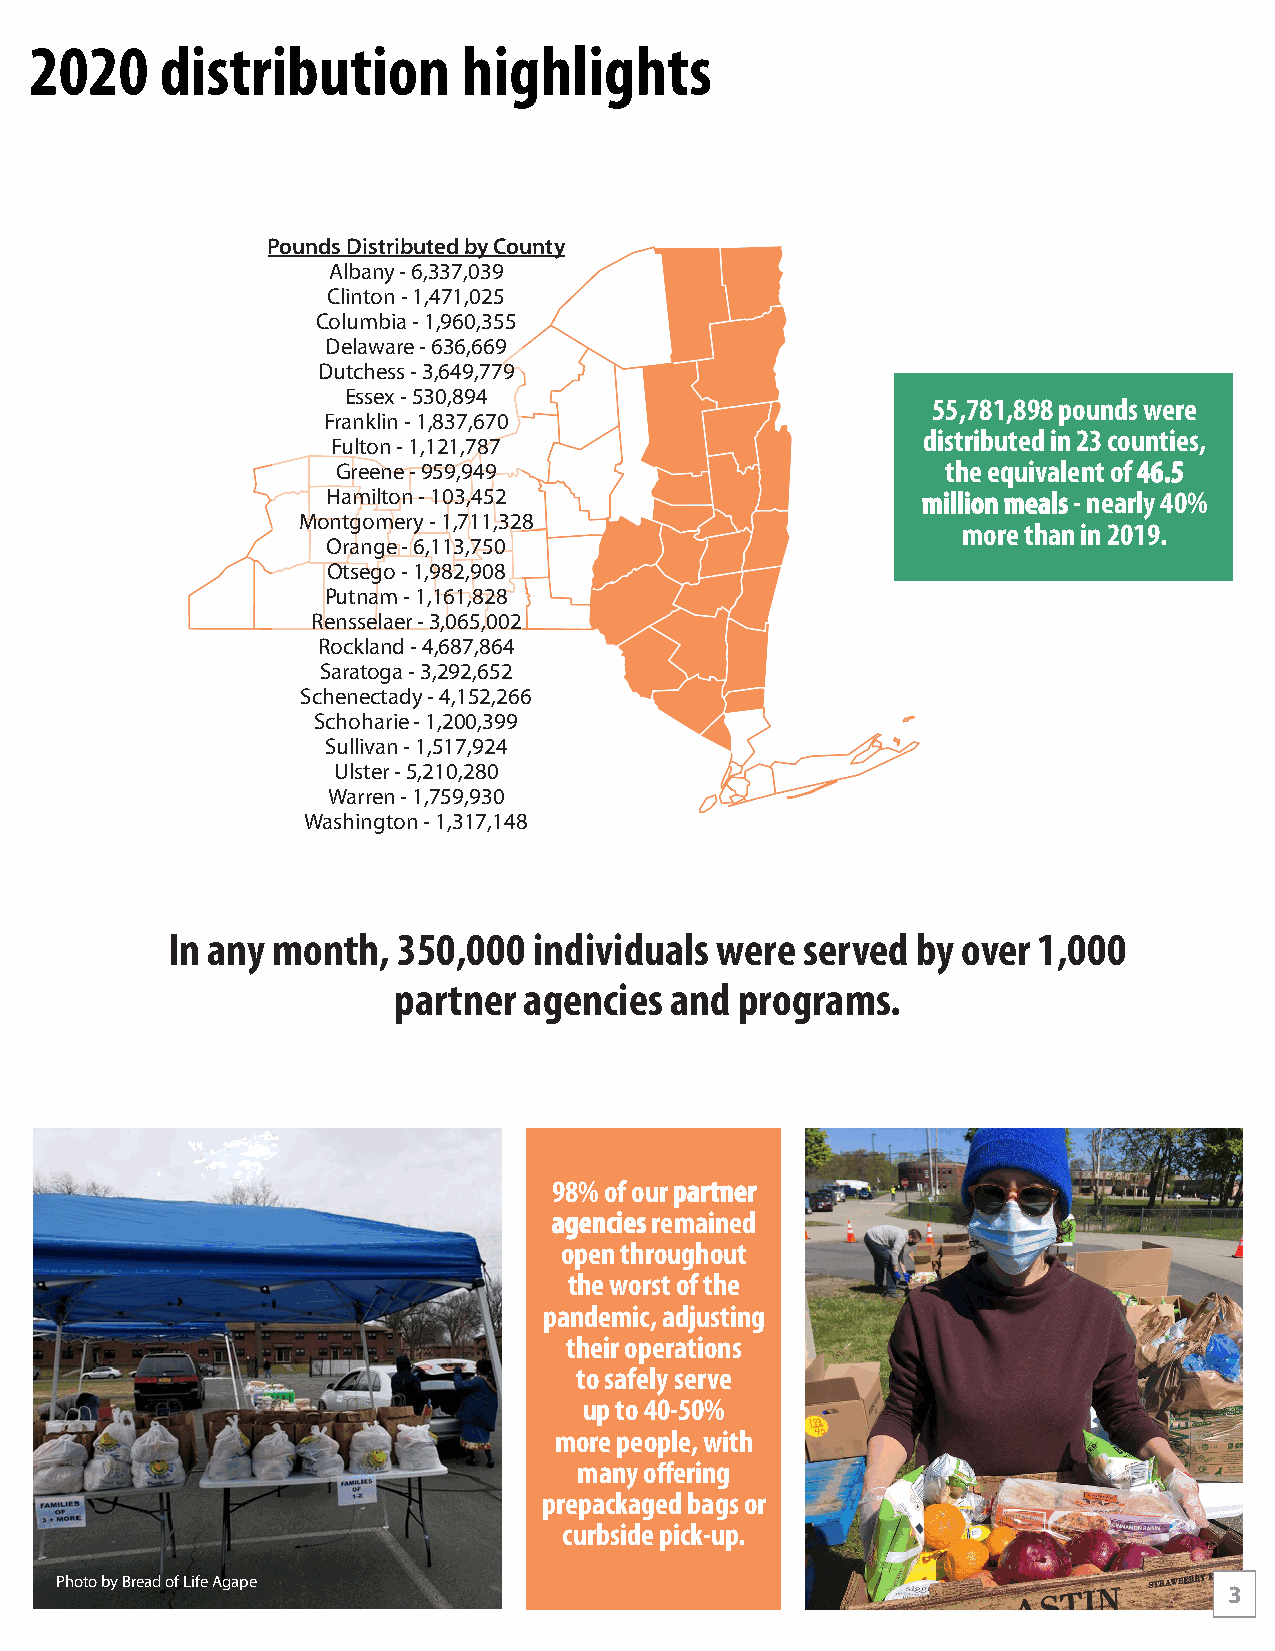
2020     distribution        highlights
 Pounds Distributed by County
 Albany - 6,337,039
 Clinton - 1,471,025
 Columbia - 1,960,355
 Delaware - 636,669
 Dutchess - 3,649,779
 Essex - 530,894
 55,781,898 pounds were
 Franklin - 1,837,670
 distributed in 23 counties,
 Fulton - 1,121,787
 Greene - 959,949                         the equivalent of 4466..55
 Hamilton - 103,452                     mmiilllliioonn mmeeaallss - nearly 40%
 Montgomery - 1,711,328
 more than in 2019.
 Orange - 6,113,750
 Otsego - 1,982,908
 Putnam - 1,161,828
 Rensselaer - 3,065,002
 Rockland - 4,687,864
 Saratoga - 3,292,652
 Schenectady - 4,152,266
 Schoharie - 1,200,399
 Sullivan - 1,517,924
 Ulster - 5,210,280
 Warren - 1,759,930
 Washington - 1,317,148
 In any month,  350,000  individuals were  served  by over 1,000
 partner  agencies and  programs.
 98% of our ppaarrttnneerr
 aaggeenncciieess remained
 open throughout
 the worst of the
 pandemic, adjusting
 their operations
 to safely serve
 up to 40-50%
 more people, with
 many offering
 prepackaged bags or
 curbside pick-up.
 Photo by Bread of Life Agape
 3